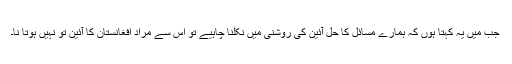
جب میں یہ کہتا ہوں کہ ہمارے مسائل کا حل آئین کی روشنی میں نکلنا چاہیے تو اس سے مراد افغانستان کا آئین تو نہیں ہوتا نا۔